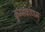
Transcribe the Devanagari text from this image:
कुम्भकोणम्